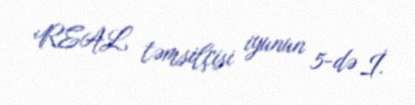
REAL təmsilçisi iyunun 5-də İ.